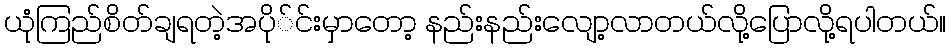
ယုံကြည်စိတ်ချရတဲ့အပို်င်းမှာတော့ နည်းနည်းလျော့လာတယ်လို့ပြောလို့ရပါတယ်။